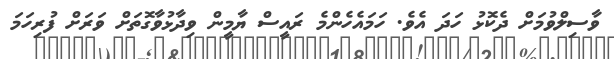
ވާސިލްވުމަށް ދެކޮޅު ހަދަ އެވެ. ހަމައެހެންމެ ރައީސް ޔާމީން ވިދާޅުވާގޮތަށް ވަރަށް ފުރިހަމަ